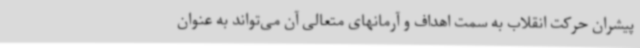
پیشران حرکت انقلاب به سمت اهداف و آرمانهای متعالی آن می‌تواند به عنوان